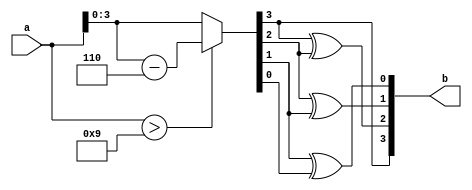
module bcd2gray (a,b);
  input [4:0]a;
  output [3:0]b;
  wire [3:0]p;
  assign p= (a>9)?(a-6):a;
  assign b[3] = p[3];
  assign b[2] = p[3]^p[2];
  assign b[1] = p[2]^p[1];
  assign b[0] = p[1]^p[0];    
endmodule